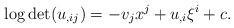
LaTeX: \begin{align*}\log\det (u_{,ij}) = -v_jx^j + u_{,i}\xi^i + c.\end{align*}